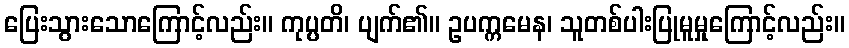
ပြေးသွားသောကြောင့်လည်း။ ကုပ္ပတိ၊ ပျက်၏။ ဥပက္ကမေန၊ သူတစ်ပါးပြုမူမှုကြောင့်လည်း။